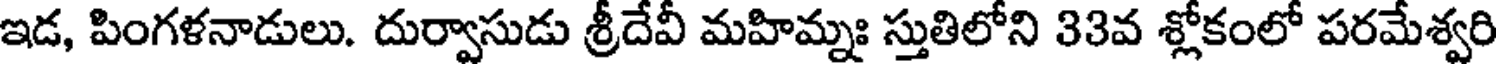
ఇడ, పింగళనాడులు. దుర్వాసుడు శ్రీదేవీ మహిమ్నః స్తుతిలోని 33వ శ్లోకంలో పరమేశ్వరి